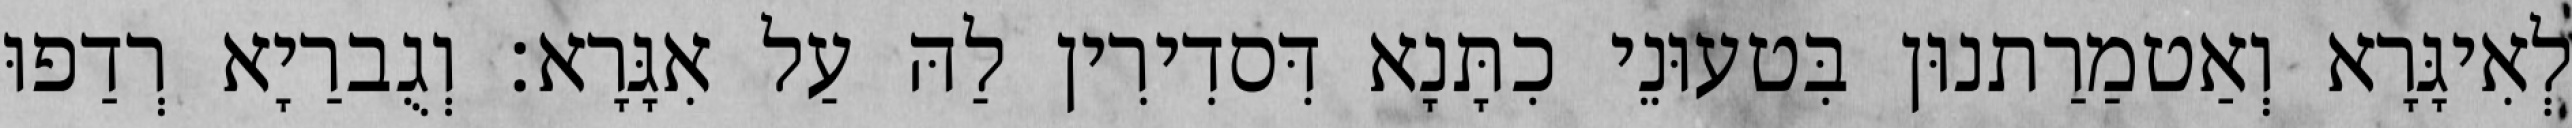
לְאִיגָּרָא וְאַטמַרַתנוּן בִּטעוּנֵי כִתָּנָא דִּסדִירִין לַהּ עַל אִגָּרָא׃ וְגֻברַיָא רְדַפוּ